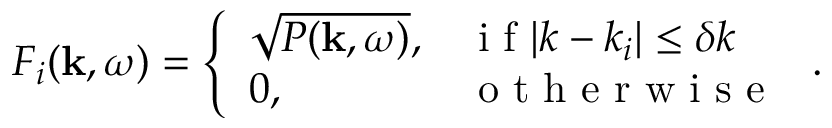
F _ { i } ( \mathbf { k } , \omega ) = \left\{ \begin{array} { l l } { \sqrt { P ( \mathbf { k } , \omega ) } , } & { \mathrm { ~ i ~ f ~ } | k - k _ { i } | \leq \delta k } \\ { 0 , } & { \mathrm { ~ o ~ t ~ h ~ e ~ r ~ w ~ i ~ s ~ e ~ } } \end{array} \right. .